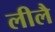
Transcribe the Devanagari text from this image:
लीलै